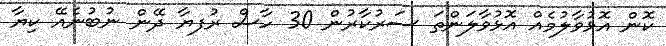
ކޮން އޮޅުވާލުމެއް އޮޅުވާލަންތަ ސަރުކާރުން 30 ހާސް ރުފޔާ ދޭން ނުބުނެއޭ ކިޔާ